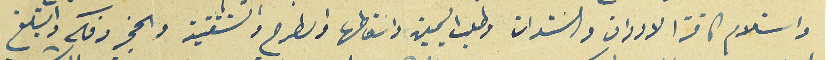
واستلام كافة الاوراق والسَندات وطلب اليمين واسَقاطها والطرح والتنفيذ والحجز وفكه والتبلغ